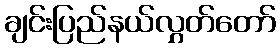
ချင်းပြည်နယ်လွှတ်တော်